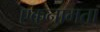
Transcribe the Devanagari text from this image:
एकनामता